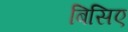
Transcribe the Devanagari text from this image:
बिसिए